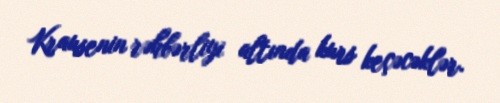
Krausenin rəhbərliyi altında kurs keçəcəklər.